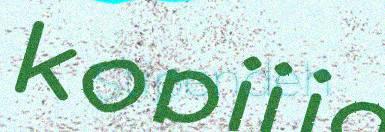
Stipendeh